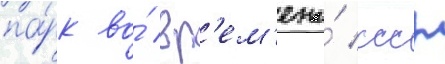
па́рк во́ вр'ем'ена́ ссср